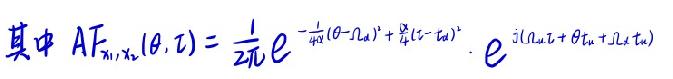
其中 \( AF_{\eta_1,\eta_2}(\theta, \tau)=\frac{1}{2\pi}e^{-\frac{1}{4\eta_1}(\theta - \Omega u)^2 + \frac{\eta_2}{4}(\tau - t_u)^2}\cdot e^{j(\Omega u \tau+\theta t_u + j\Omega_2 t_u)} \)